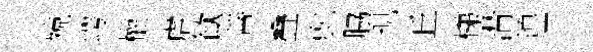
殑崿權虐歓善叠就脇現丘梯潸煌